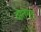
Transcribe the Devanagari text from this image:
दातगड